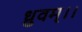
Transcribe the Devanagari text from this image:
ध्रुवम्।।